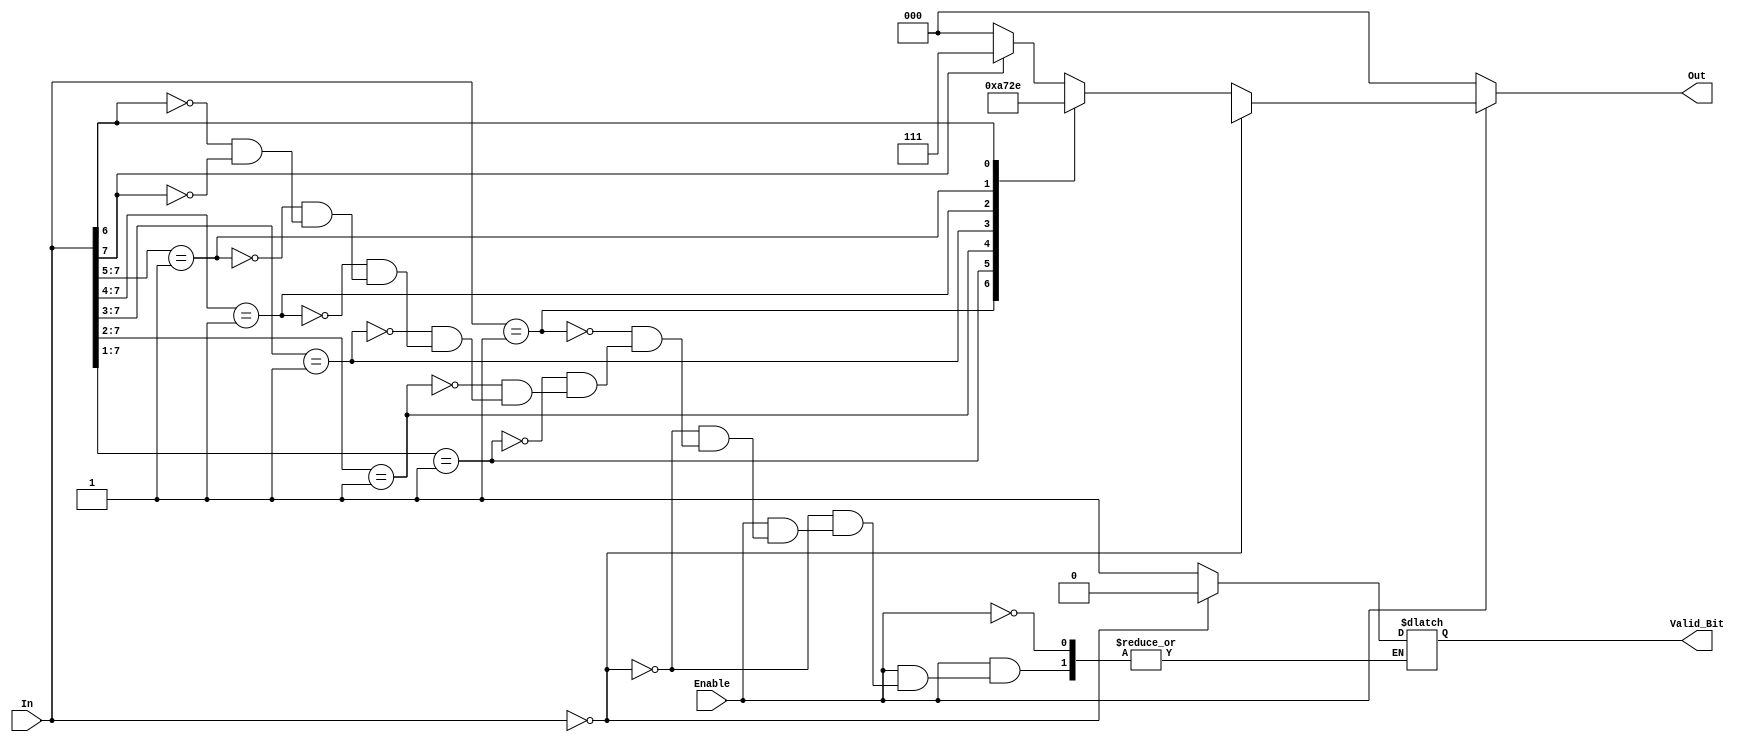
// Module Name:    Priority_Encoder 

module Priority_Encoder(In,Enable,Out,Valid_Bit);
	input [7:0] In;
	input Enable;
	output reg [2:0] Out;
	output reg Valid_Bit;
	always @(*)
	begin
		if(Enable == 1)
		begin
		if(In == 8'b0)
			begin Out = 3'bx; Valid_Bit = 1'b0; end
		else
			begin
			casex(In)
			8'b00000001: begin Out = 3'b000; Valid_Bit = 1'b1; end
			8'b0000001x: begin Out = 3'b001; Valid_Bit = 1'b1; end
			8'b000001xx: begin Out = 3'b010; Valid_Bit = 1'b1; end
			8'b00001xxx: begin Out = 3'b011; Valid_Bit = 1'b1; end
			8'b0001xxxx: begin Out = 3'b100; Valid_Bit = 1'b1; end
			8'b001xxxxx: begin Out = 3'b101; Valid_Bit = 1'b1; end
			8'bx1xxxxxx: begin Out = 3'b110; Valid_Bit = 1'b1; end
			8'b1xxxxxxx: begin Out = 3'b111; Valid_Bit = 1'b1; end
			default: Out = 3'b000;
			endcase
			end
		end
		else
			Out = 3'b000;
	end
endmodule